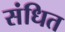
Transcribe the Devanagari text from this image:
संधित